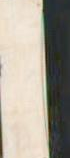
|